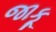
જાકૂ